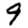
Digit: 9